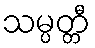
သမ္ပတ္တီ